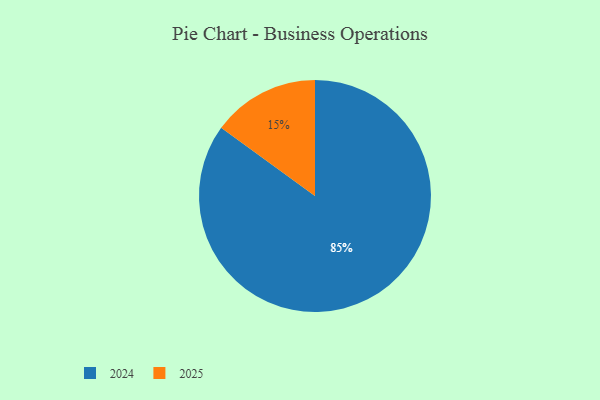
{"axis": {"x": "Category", "y": "Percentage"}, "legend": ["2024", "2025"], "data": [{"x": "2024", "y": 85, "type": "2024"}, {"x": "2025", "y": 15, "type": "2025"}]}